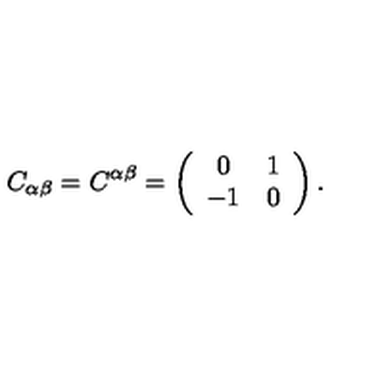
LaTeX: C _ { \alpha \beta } = C ^ { \alpha \beta } = \left( \begin{array} { c c } { 0 } & { 1 } \\ { - 1 } & { 0 } \\ \end{array} \right) .